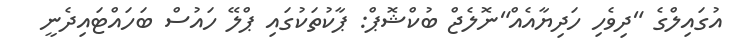
އުގައިލްގެ "ދިވެހި ހަދިޔާއެއް"ނޮލެޖް ބުކްޝޮޕް: ޕާކުތަކުގައި ޕްލޭ ހައުސް ބަހައްޓައިދެނީ